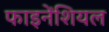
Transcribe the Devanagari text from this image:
फाइनेंशियल